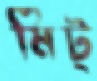
মিট্